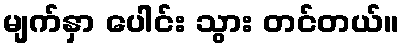
မျက်နှာ ပေါင်း သွား တင်တယ်။